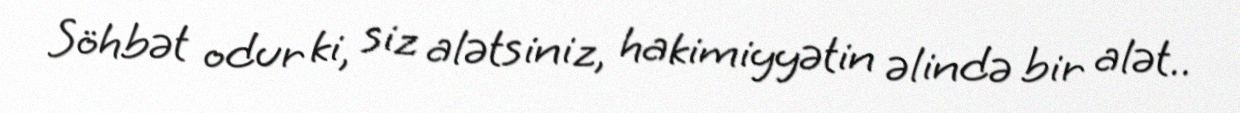
Söhbət odur ki, siz alətsiniz, hakimiyyətin əlində bir alət..